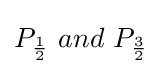
P_{\frac {1}{2}}\ and\ P_{\frac {3}{2}}